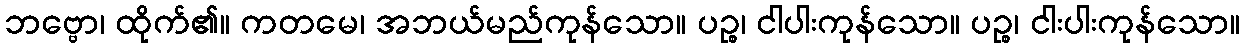
ဘဗ္ဗော၊ ထိုက်၏။ ကတမေ၊ အဘယ်မည်ကုန်သော။ ပဉ္စ၊ ငါပါးကုန်သော။ ပဉ္စ၊ ငါးပါးကုန်သော။